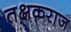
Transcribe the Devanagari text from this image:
तक्षकराज